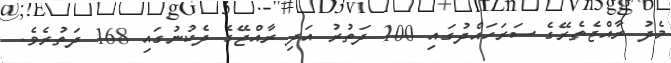
މެދު ރާއްޖެތެރޭގެ ސަރަހައްދުގައި 100 ދަތުރު އަދި ރާއްޖޭގެ ދެކުނުގައި 168 ދަތުރެވެ.